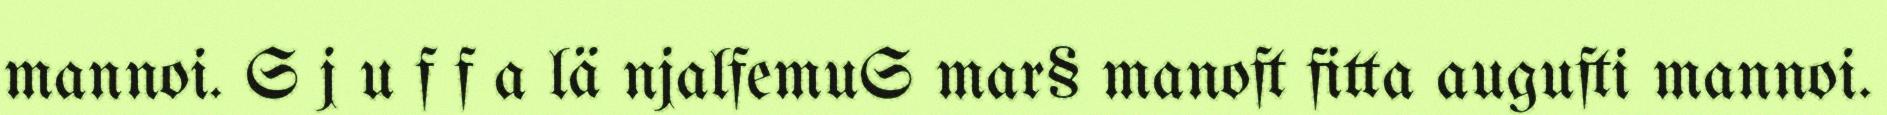
mannoi. S j u f f a lä njalfemuS mar§ manoft fitta augufti mannoi.